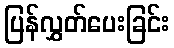
ပြန်လွှတ်ပေးခြင်း